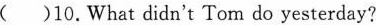
()10.What didn't Tom do yesterday?